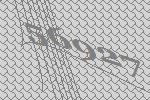
56927